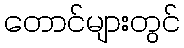
တောင်များတွင်